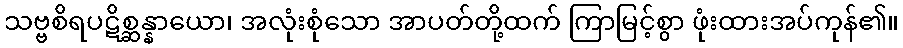
သဗ္ဗစိရပဋိစ္ဆန္နာယော၊ အလုံးစုံသော အာပတ်တို့ထက် ကြာမြင့်စွာ ဖုံးထားအပ်ကုန်၏။